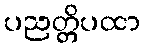
ပညတ္တိပထာ